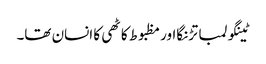
ٹینگولمبا تڑنگااور مظبوط کاٹھی کا انسان تھا۔